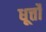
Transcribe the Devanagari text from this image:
धूर्त्तों